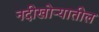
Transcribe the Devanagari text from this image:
नदीखोऱ्यातील